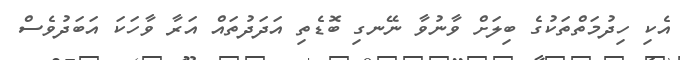
އެކި ހިދުމަތްތަކުގެ ބިލަށް ވާނުވާ ނޭނގި ބޮޑެތި އަދަދުތައް އަރާ ވާހަކަ އަބަދުވެސް